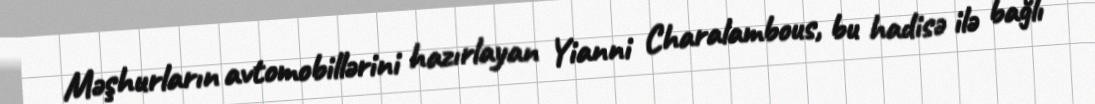
Məşhurların avtomobillərini hazırlayan Yianni Charalambous, bu hadisə ilə bağlı